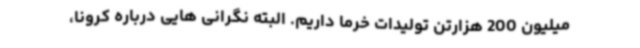
میلیون 200 هزارتن تولیدات خرما داریم. البته نگرانی هایی درباره کرونا،